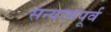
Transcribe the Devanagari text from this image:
सन्यासपूर्व